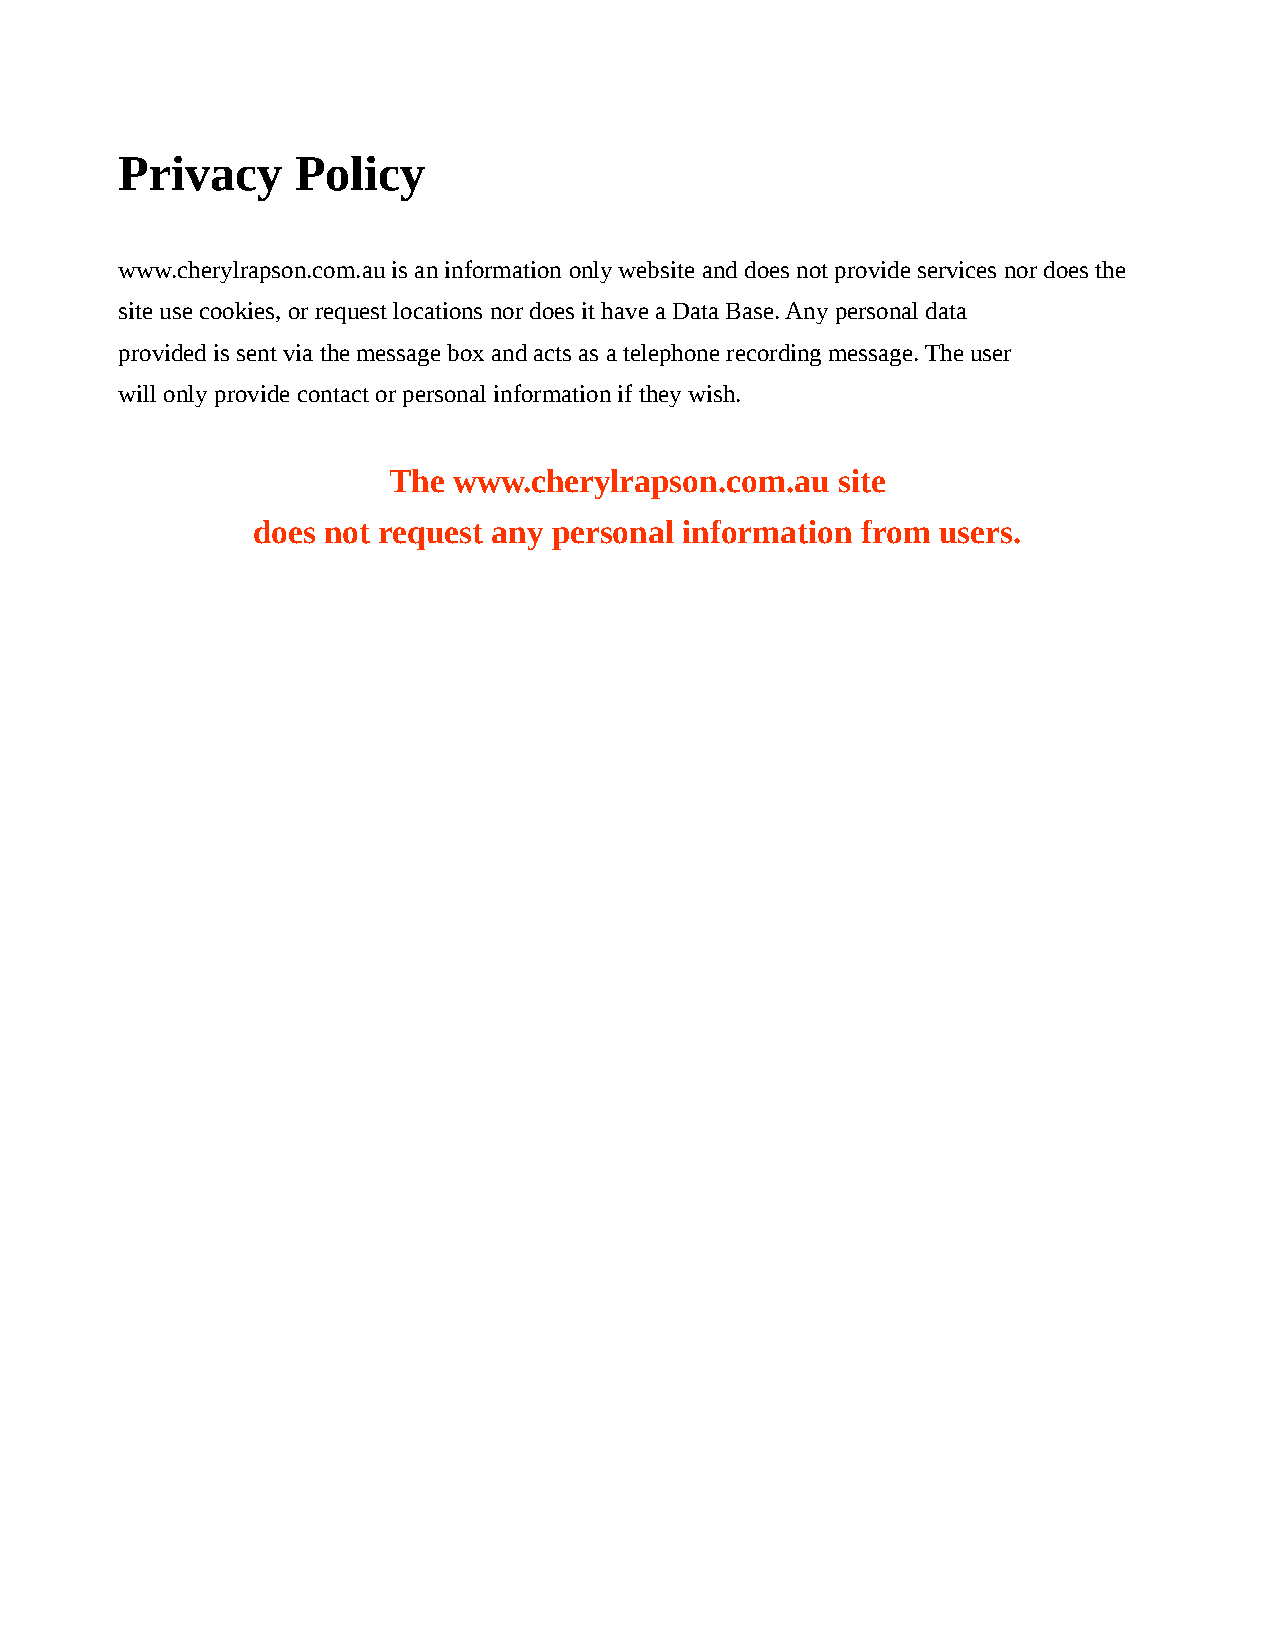
Privacy     Policy
 www.cherylrapson.com.au is an information only website and does not provide services nor does the
 site use cookies, or request locations nor does it have a Data Base. Any personal data
 provided is sent via the message box and acts as a telephone recording message. The user
 will only provide contact or personal information if they wish.
 The www.cherylrapson.com.au  site
 does not request any personal information from users.